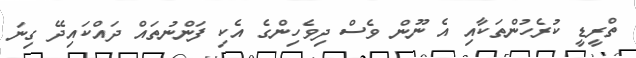
ތްރީޑީ ކުރެހުންތަކާއި އެ ނޫން ވެސް ދިވެހިންގެ އެކި ފަންނުތައް ދައްކައިދޭ ގިނަ